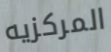
المركزيه